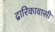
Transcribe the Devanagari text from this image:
द्वारिकावासी